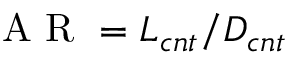
\mathrm { ~ A ~ R ~ } = L _ { c n t } / D _ { c n t }